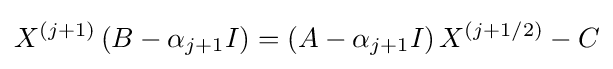
X^{(j+1)}\left(B-\alpha _{j+1}I\right)=\left(A-\alpha _{j+1}I\right)X^{(j+1/2)}-C